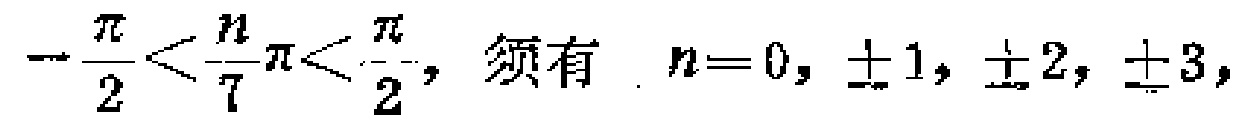
\(-\frac{\pi}{2}<\frac{n}{7}\pi<\frac{\pi}{2},\ 须有\ n = 0, \pm1, \pm2, \pm3,\)